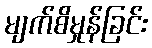
မျက်စိမှုန်ခြင်း